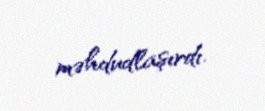
məhdudlaşırdı.